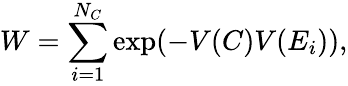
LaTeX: W=\sum_{i=1}^{N_{C}}\mathrm{exp}(-V(C)V(E_{i})),